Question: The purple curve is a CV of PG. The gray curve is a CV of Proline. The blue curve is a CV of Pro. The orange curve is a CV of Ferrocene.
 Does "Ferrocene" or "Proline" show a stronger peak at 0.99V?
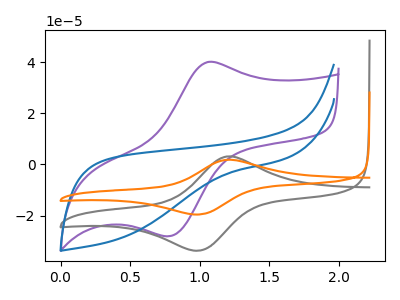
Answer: <think>The purple curve "PG" has an anodic peak at (1.05V, 39.95uA) and a cathodic peak at (0.75V, -28.10uA). The gray curve "Proline" has an anodic peak at (1.20V, 3.15uA) and a cathodic peak at (1.00V, -33.75uA). The blue curve "Pro" has no peaks. The orange curve "Ferrocene" has an anodic peak at (1.20V, 1.80uA) and a cathodic peak at (1.00V, -19.60uA).</think>
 <answer>The peak at 0.99V is lower in "Ferrocene" than in "Proline".</answer>
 <eval>lower</eval>